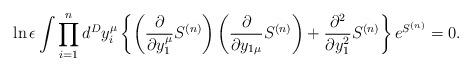
LaTeX: \begin{align*}\ln \epsilon \int \prod_{i=1}^n d^Dy_i^\mu \left\{\left({\partial\over \partial y_1^\mu} S^{(n)} \right) \left( {\partial \over\partial y_{1\mu}}S^{(n)} \right) + {\partial^2\over \partial y_1^2}S^{(n)}\right\} e^{S^{(n)}} = 0.\end{align*}